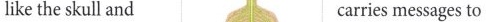
like the skull and carries messages to